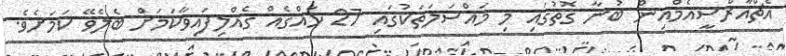
އެޗްއާރްސީއެމްއިން ބުނާ ގޮތުގައި މި މައްސަލަތަކުގައި 27 ހައްގެއް ގެއްލިފައިވާކަމަށް ބެލެވޭ ކަމަށެވެ.